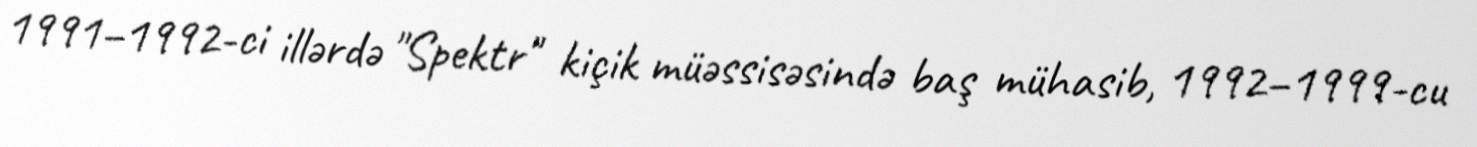
1991–1992-ci illərdə "Spektr" kiçik müəssisəsində baş mühasib, 1992–1999-cu